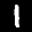
Label: 1